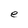
Character: e